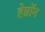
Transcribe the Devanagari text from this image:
हेव्रॉन